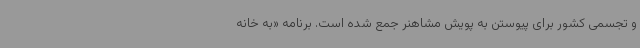
و تجسمی کشور برای پیوستن به پویش مشاهنر جمع شده است. برنامه «به خانه